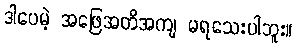
ဒါပေမဲ့ အဖြေအတိအကျ မရသေးပါဘူး။